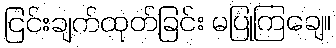
ငြင်းချက်ထုတ်ခြင်း မပြုကြချေ။